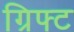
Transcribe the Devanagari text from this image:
ग्रिफ्ट